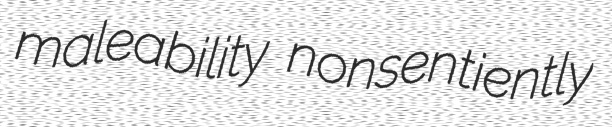
maleability nonsentiently